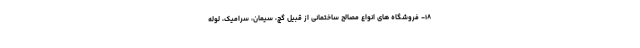
۱۸- فروشگاه های انواع مصالح ساختمانی از قبیل گچ، سیمان، سرامیک، لوله